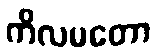
ကိလမတော